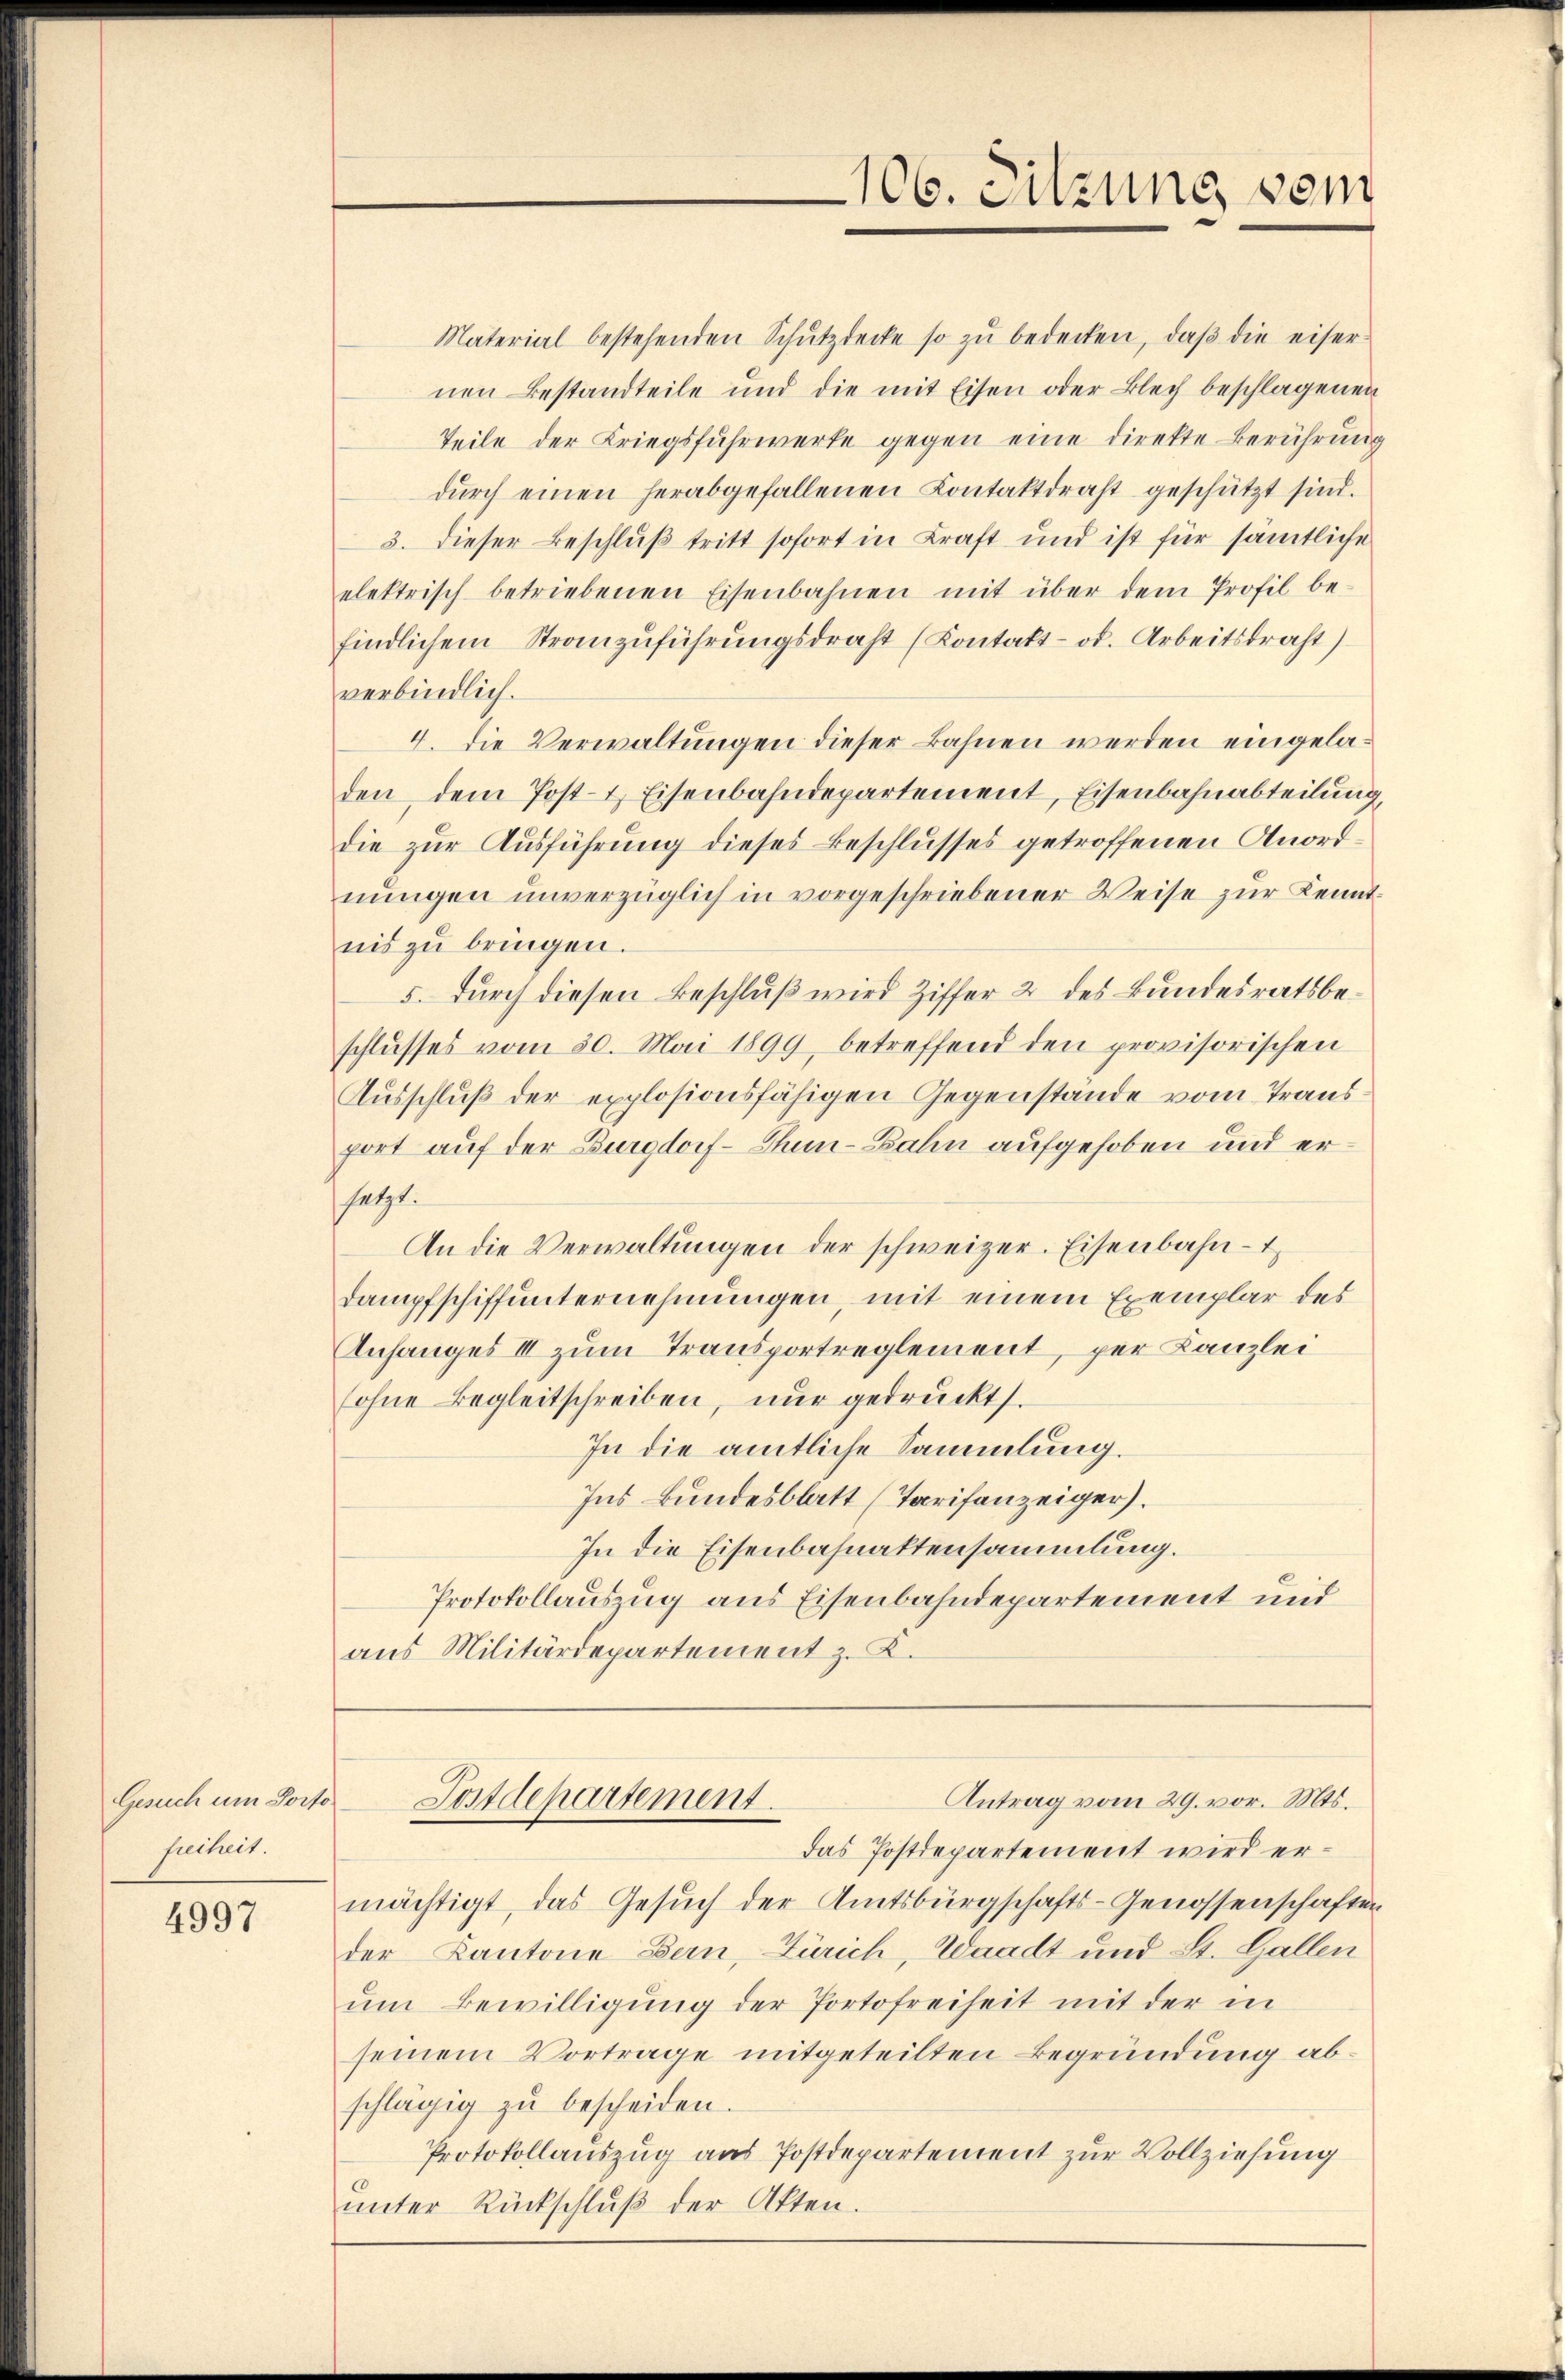
Gesuch um Porto
seiheit.

4997

106. Sitzung von

Material bestehenden Schŭtzdecke so zŭ bedecken, daβ die eiser-
nen Bestandteile und die mit Eisen oder Blech beschlagenen
Teile der Kriegsfuhrwerke gegen eine direkte Berührung
dŭrch einen herabgefallenen Kontaktdrast geschützt sind.
3. Dieser Beschluß tritt sofort in Kraft und ist für sämtliche
elektrisch betriebenen Eisenbahnen mit über dem Profil befindlichem Stranzuführungsdraht (Kontakt- od. Arbeitstraft)
verbindlich.
4. Die Verwaltungen dieser Bahnen werden eingeladen dem Post- & Eisenbahndepartement, Eisenbahnabteilung,
die zur Ausführung dieses Beschlusses getroffenen Anordnungen unverzüglich in vorgeschriebener Weise zur Kenntnis zu bringen.
5. Durch diesen Beschluß wird Ziffer 2 des Bundesratsbeschlusses vom 30. Mai 1899, betreffend den provisorischen
Ausschluß der explosionsfähigen Gegenstände vom Trans
port auf der Burgdorf-Thun-Zahn aufgehoben und er
setzt.
An die Verwaltungen der schweizer. Eisenbahn-t
Dampfschiffunternehmungen, mit einem Exemplar des
Anfanges II zum Transportreglement, per Kanzlei
(ohne Begleitschreiben, nur gedruckt.
In die amtliche Sammlung.
Ins Bundesblatt (Tarifenzeiger).
In die Eisenbahnaktensammlung.
Protokollauszug aus Eisenbahndepartement und
aus Militärdepartement z. B.

Antrag vom 29. vor. Mts.
Postdepartement.

das Postdepartement wird ermächtigt, das Gesuch der Amtsbürgschafts-Genossenschaften
der Kantone Bern, Zürich, Waadt und St. Gallen
ŭm Bewilligung der Portofreiheit mit der in
seinem Vortrage mitgeteilten Begründung abschlägig zu bescheiden.
Protokollauszug aus Postdepartement zur Vollziehung
ŭnter Rückschlŭβ der Akten.